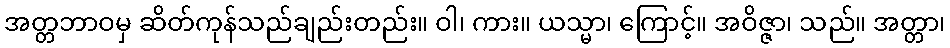
အတ္တဘာဝမှ ဆိတ်ကုန်သည်ချည်းတည်း။ ဝါ၊ ကား။ ယသ္မာ၊ ကြောင့်။ အဝိဇ္ဇာ၊ သည်။ အတ္တာ၊